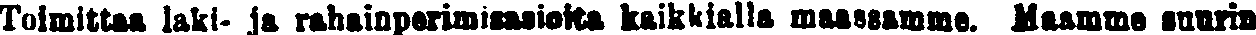
Toimittaa laki- ja rahainperimäasioita kaikkialla maassamme. Maamme suurin